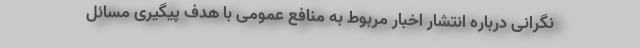
نگرانی درباره انتشار اخبار مربوط به منافع عمومی با هدف پیگیری مسائل